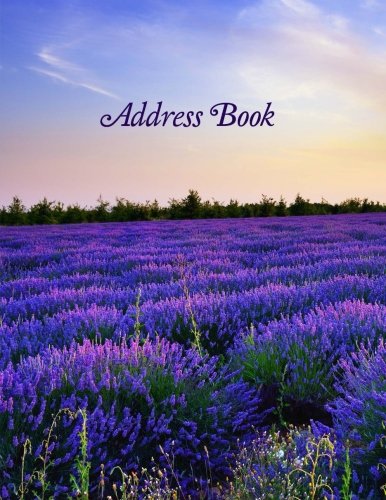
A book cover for Address Book (Extra Large Paperback Address Books-Summer Series) (Volume 78); Creative Planners; Business & Money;